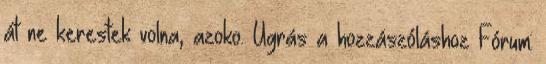
át ne kerestek volna, azoko. Ugrás a hozzászóláshoz Fórum: